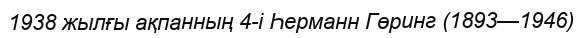
1938 жылғы ақпанның 4-і Һерманн Гөринг (1893—1946)